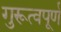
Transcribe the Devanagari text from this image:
गुरूत्वपूर्ण